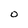
Character: O